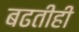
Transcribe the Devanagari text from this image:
बढतीही